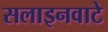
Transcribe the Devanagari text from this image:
सलाइनवाटे